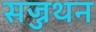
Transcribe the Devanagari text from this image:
सज्जथन